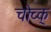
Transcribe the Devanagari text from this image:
चोच्क्